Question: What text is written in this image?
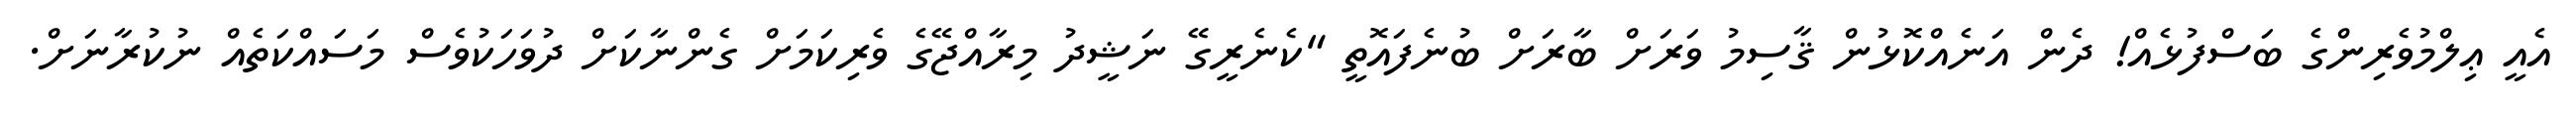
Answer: އެއީ ޢިލްމުވެރިންގެ ބަސްފުޅެއް! ދެން އަނެއްކޮޅުން ޤާސިމު ވަރަށް ބާރަށް ބުނެފައޮތީ "ކެނެރީގޭ ނަޝީދު މިރާއްޖޭގެ ވެރިކަމަށް ގެންނާކަށް ދުވަހަކުވެސް މަސައްކަތެއް ނުކުރާނަށް.